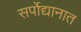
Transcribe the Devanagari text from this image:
सर्पोद्यानात